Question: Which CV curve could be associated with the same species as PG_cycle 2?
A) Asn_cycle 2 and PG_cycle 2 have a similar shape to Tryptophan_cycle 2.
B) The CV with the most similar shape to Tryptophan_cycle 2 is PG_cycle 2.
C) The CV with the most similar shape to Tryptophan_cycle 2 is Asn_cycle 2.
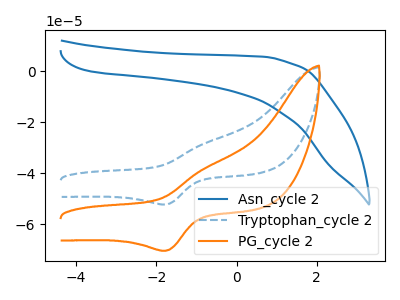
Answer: <think>The blue curve "Asn_cycle 2" has no peaks. The blue dashed curve "Tryptophan_cycle 2" has an anodic peak at (-0.80V, -28.35uA) and a cathodic peak at (-1.75V, -52.30uA). The orange curve "PG_cycle 2" has an anodic peak at (-0.80V, -38.20uA) and a cathodic peak at (-1.75V, -70.50uA).
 "Asn_cycle 2" and "Tryptophan_cycle 2" have a different number of peaks. "Asn_cycle 2" and "PG_cycle 2" have a different number of peaks. All the peaks in "Tryptophan_cycle 2" have a peak in "PG_cycle 2" at the same potential.</think>
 <answer>B) The CV with the most similar shape to "Tryptophan_cycle 2" is "PG_cycle 2".</answer>
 <eval>B</eval>